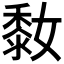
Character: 𪏮